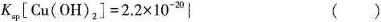
$$K _ { s p } [ Cu ( O H ) _ { 2 } ] = 2 . 2 \times 1 0 ^ { -2 0 } $$} ()